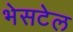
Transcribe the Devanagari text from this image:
भेसटेल